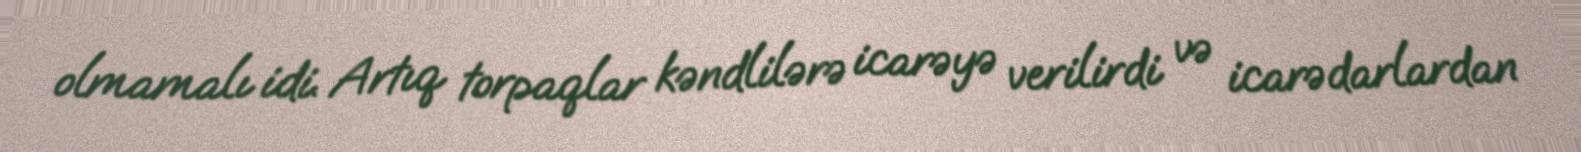
olmamalı idi. Artıq torpaqlar kəndlilərə icarəyə verilirdi və icarədarlardan